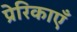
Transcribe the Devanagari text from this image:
प्रेरिकाएँ